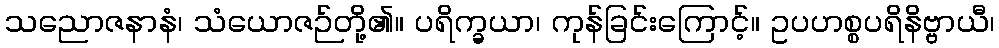
သညောဇနာနံ၊ သံယောဇဉ်တို့၏။ ပရိက္ခယာ၊ ကုန်ခြင်းကြောင့်။ ဥပဟစ္စပရိနိဗ္ဗာယီ၊